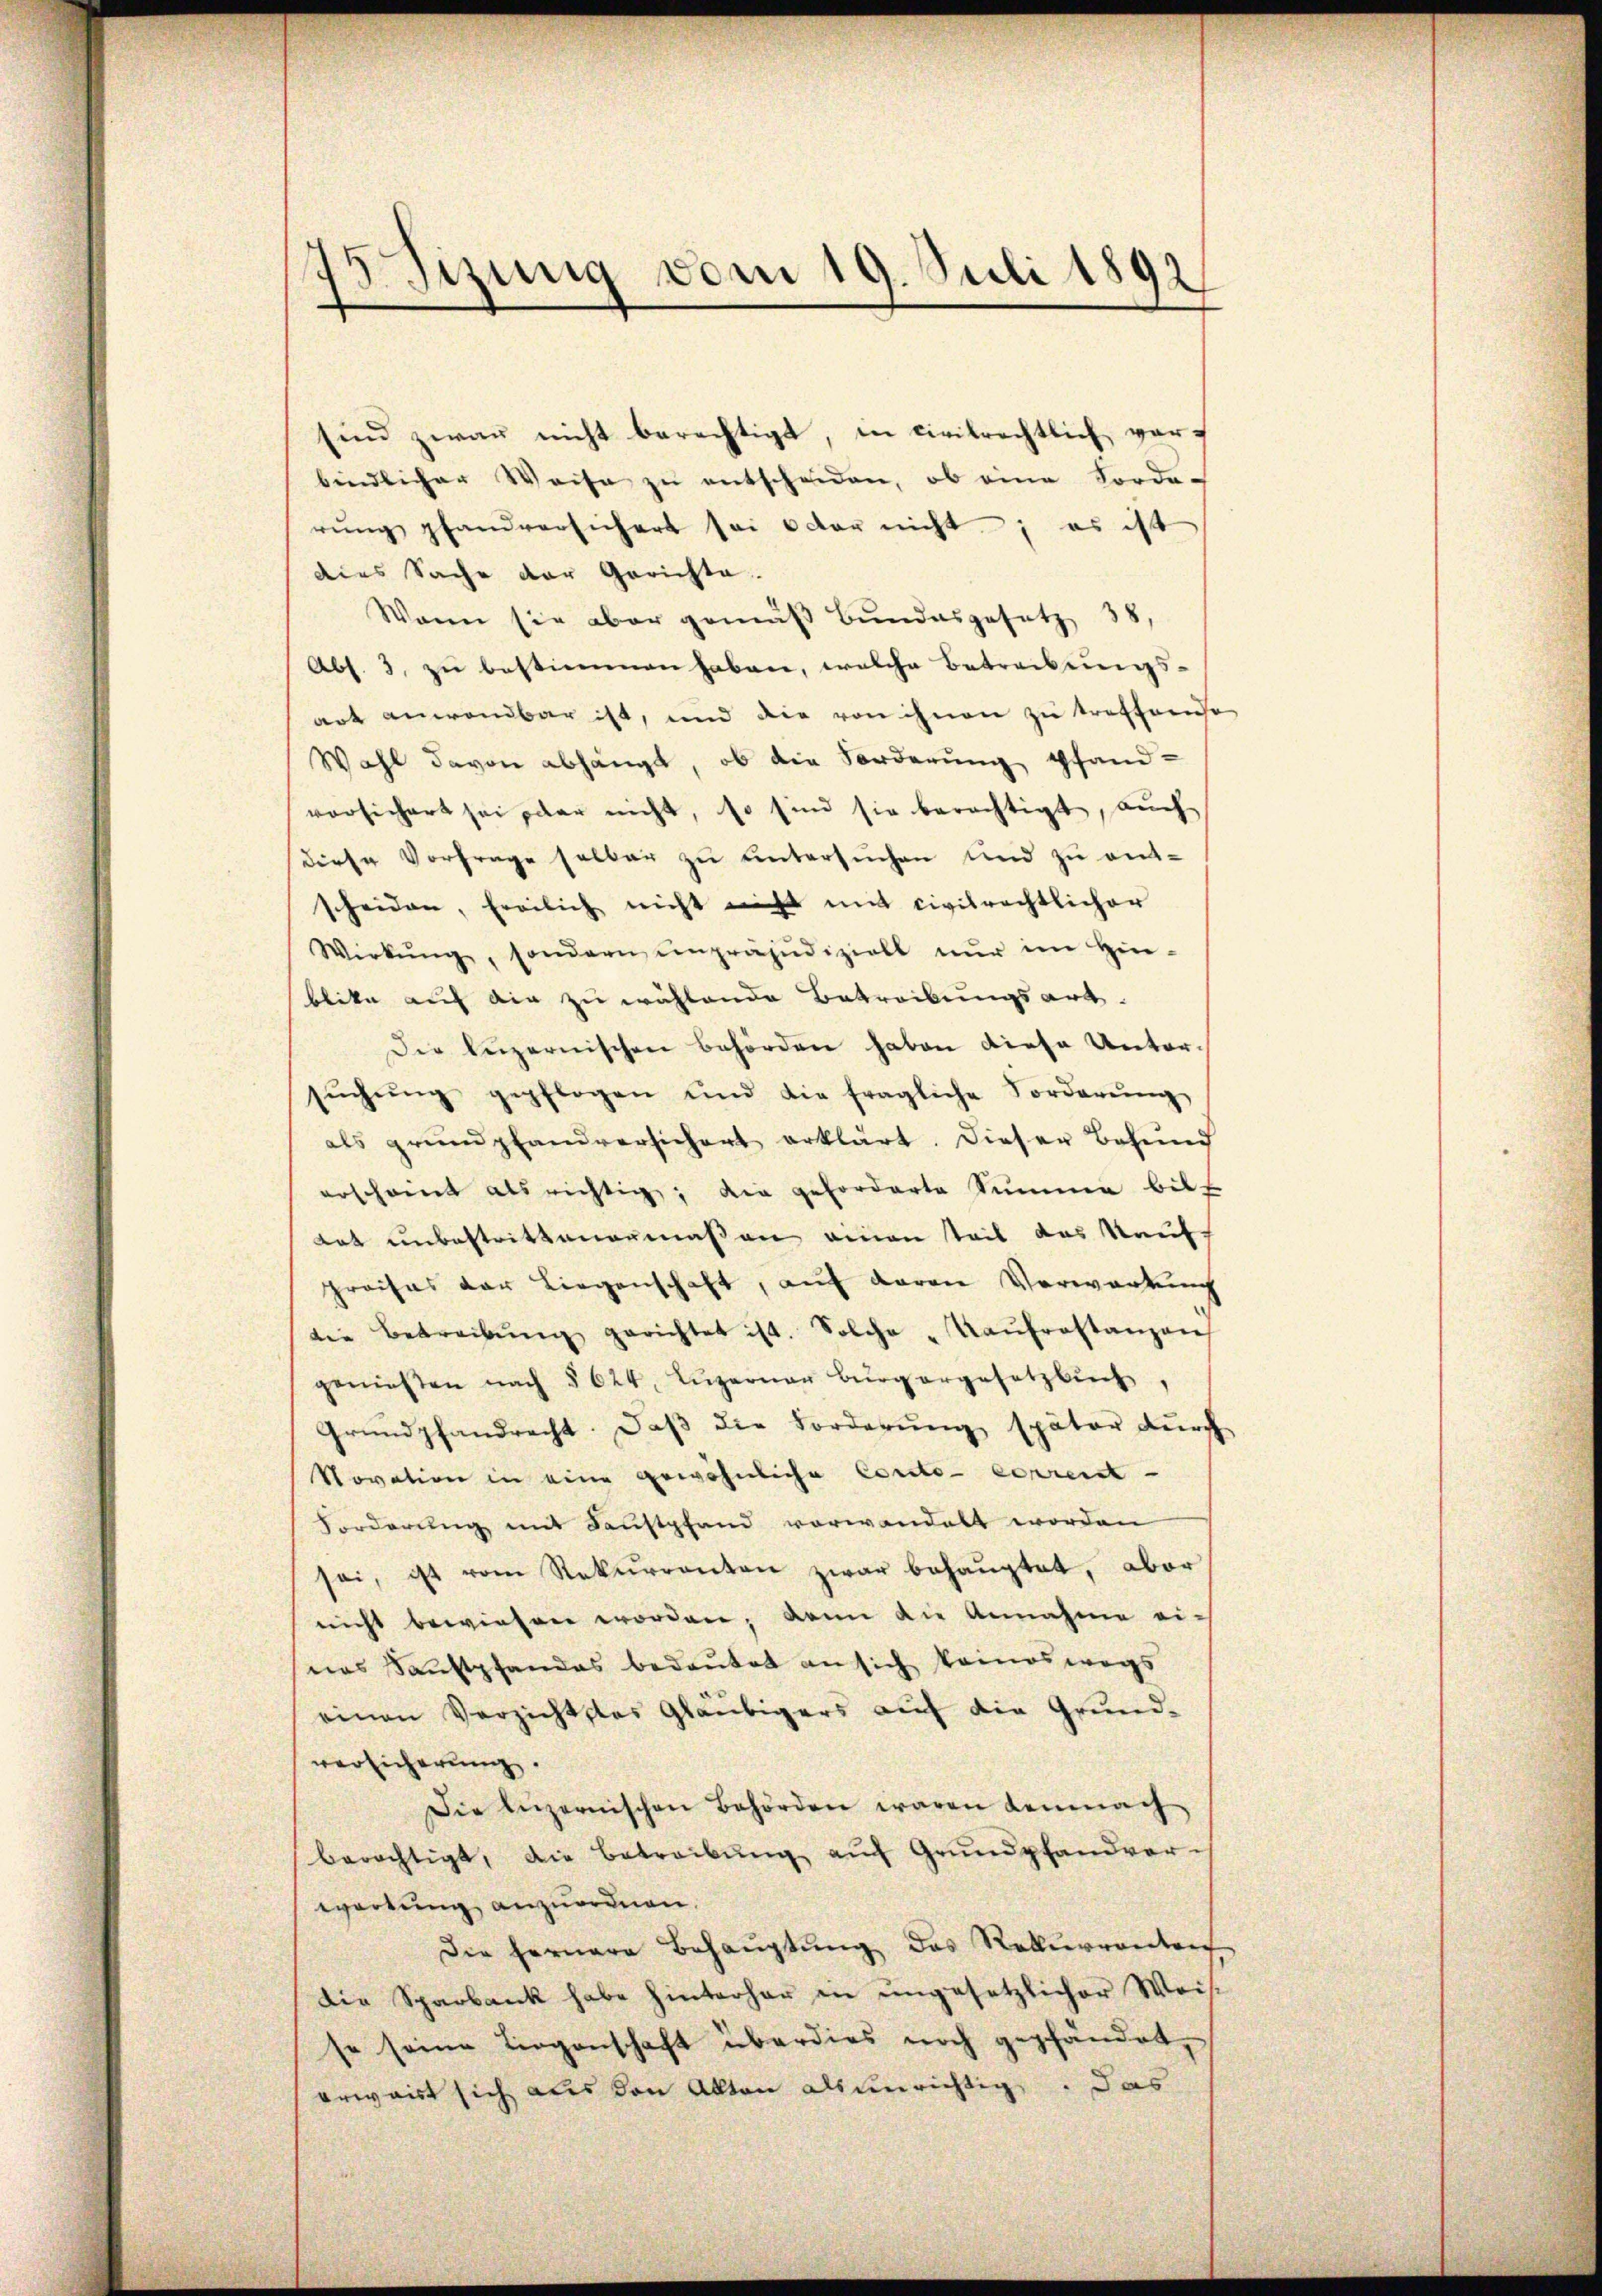
Sitzung vom 19. Juli 1892

sind zwar nicht berechtigt, in civilrechtlich vorbindlicher Weise zŭ entscheiden, ob eine Forde-
rŭng pfandversichert sei oder nicht; es ist
dies Sache der Gerichte.
Wann sie aber gemäβ Bŭndesgesetz 38,
Abs. 3. zŭ bestimmen haben, welche Betreibungs-
art anwendbar ist, und die von ihnen zu treffende
Wahl davon abhängt, ob die Forderung pfand
vorsichert sei paar nicht, so sind sie berechtigt, auch
diese Vorfrage selber zu untersuchen und zu entscheiden, freilich nicht nicht mit civilrechtlicher
Wirkŭng, sondern unpräjudiziell nŭr im Hin-
blike auf die zu wählende Betreibungsart.
Die luzernischen Behörden haben diese Untersŭchŭng gepflogen und die fragliche Forderŭng
als grundpfandversichert erklärt. Dieser Besŭnd
erscheint als richtig; die geforderte Summe bil
Lat unbestrittenanmaßen einen teil das Kauf
preises der Liegenschaft, auf davon Verwartung
die Betreibŭng gerichtet ist. Solche „Kaŭfrostanzans
genießen nach § 624, Lŭzerner Bürgergesetzbuch,
Grundpfandrecht. Daβ die Forderŭng später dŭrch
Novation in eine gewöhnliche Conto- corrent-
Forderung mit Faustpfand vorwandelt worden
sei, ist vom Rekurrenten zwar behauptet, aber
nicht bewiesen worden; dann die Annahme ei-
nas Saustpfandas bedeutet an sich keineswegs
einen Verzichtstes Gläubigers auf die Grund-
versicherung.
Die Anzernischen Behörden waren demnach
berächtigt, die Betreibŭng aŭf Grŭndpfandver-
wortung anzuordnen.
Die fernere Behauptung des Rekurrenten
die Sparbank habe hinterhar in ungesetzlicher Weisse seine Liegenschaft überdies noch gepfändet,
erwaist sich aus den Akten als unrichtig. Das